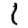
Digit: 1